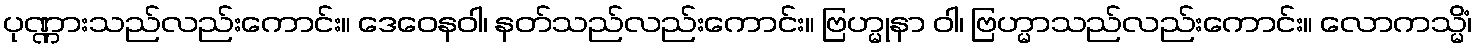
ပုဏ္ဏားသည်လည်းကောင်း။ ဒေဝေနဝါ၊ နတ်သည်လည်းကောင်း။ ဗြဟ္မုနာ ဝါ၊ ဗြဟ္မာသည်လည်းကောင်း။ လောကသ္မိံ၊